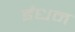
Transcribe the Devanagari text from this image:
र्इंधन